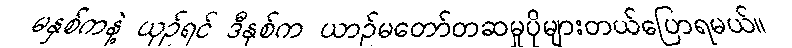
မနှစ်ကနဲ့ ယှဉ်ရင် ဒီနှစ်က ယာဉ်မတော်တဆမှုပိုများတယ်ပြောရမယ်။